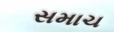
સમાચ